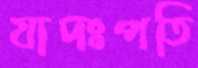
যাদঃপতি